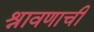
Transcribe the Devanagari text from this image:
श्रावणाची